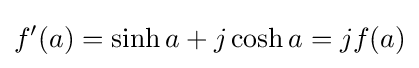
f^{\prime }(a)=\sinh a+j\cosh a=jf(a)